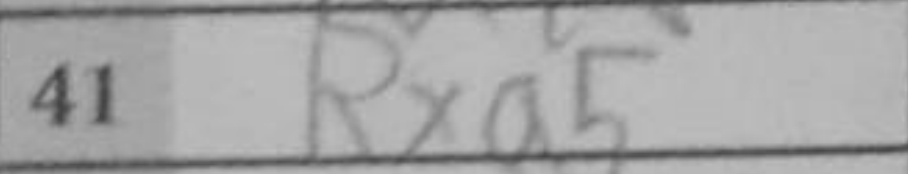
Transcription: Rxa5